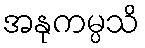
အနုကမ္ပသိ